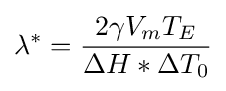
\lambda ^{*}={\frac {2\gamma V_{m}T_{E}}{\Delta H*\Delta T_{0}}}